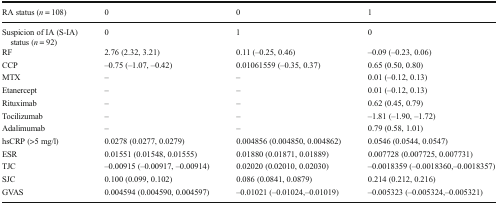
<table><thead><tr><td><b>RA status (<i>n</i> = 108)</b></td><td><b>0</b></td><td><b>0</b></td><td><b>1</b></td></tr></thead><tbody><tr><td>Suspicion of IA (S-IA) status (<i>n</i> = 92)</td><td>0</td><td>1</td><td>0</td></tr><tr><td>RF</td><td>2.76 (2.32, 3.21)</td><td>0.11 (–0.25, 0.46)</td><td>–0.09 (–0.23, 0.06)</td></tr><tr><td>CCP</td><td>–0.75 (–1.07, –0.42)</td><td>0.01061559 (–0.35, 0.37)</td><td>0.65 (0.50, 0.80)</td></tr><tr><td>MTX</td><td>–</td><td>–</td><td>0.01 (–0.12, 0.13)</td></tr><tr><td>Etanercept</td><td>–</td><td>–</td><td>0.01 (–0.12, 0.13)</td></tr><tr><td>Rituximab</td><td>–</td><td>–</td><td>0.62 (0.45, 0.79)</td></tr><tr><td>Tocilizumab</td><td>–</td><td>–</td><td>–1.81 (–1.90, –1.72)</td></tr><tr><td>Adalimumab</td><td>–</td><td>–</td><td>0.79 (0.58, 1.01)</td></tr><tr><td>hsCRP (&gt;5 mg/l)</td><td>0.0278 (0.0277, 0.0279)</td><td>0.004856 (0.004850, 0.004862)</td><td>0.0546 (0.0544, 0.0547)</td></tr><tr><td>ESR</td><td>0.01551 (0.01548, 0.01555)</td><td>0.01880 (0.01871, 0.01889)</td><td>0.007728 (0.007725, 0.007731)</td></tr><tr><td>TJC</td><td>–0.00915 (–0.00917, –0.00914)</td><td>0.02020 (0.02010, 0.02030)</td><td>–0.0018359 (–0.0018360,–0.0018357)</td></tr><tr><td>SJC</td><td>0.100 (0.099, 0.102)</td><td>0.086 (0.0841, 0.0879)</td><td>0.214 (0.212, 0.216)</td></tr><tr><td>GVAS</td><td>0.004594 (0.004590, 0.004597)</td><td>–0.01021 (–0.01024,–0.01019)</td><td>–0.005323 (–0.005324,–0.005321)</td></tr></tbody></table>